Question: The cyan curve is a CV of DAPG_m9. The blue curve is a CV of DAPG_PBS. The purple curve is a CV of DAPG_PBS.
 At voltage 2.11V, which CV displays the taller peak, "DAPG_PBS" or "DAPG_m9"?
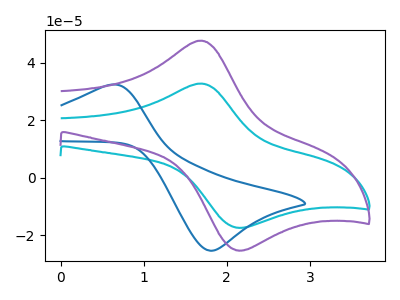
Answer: <think>The cyan curve "DAPG_m9" has an anodic peak at (1.70V, 32.80uA) and a cathodic peak at (2.10V, -17.35uA). The blue curve "DAPG_PBS" has an anodic peak at (0.60V, 32.35uA) and a cathodic peak at (1.80V, -25.35uA). The purple curve "DAPG_PBS" has an anodic peak at (1.70V, 47.75uA) and a cathodic peak at (2.10V, -25.20uA).</think>
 <answer>The peak at 2.11V is higher in "DAPG_PBS" than in "DAPG_m9".</answer>
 <eval>higher</eval>